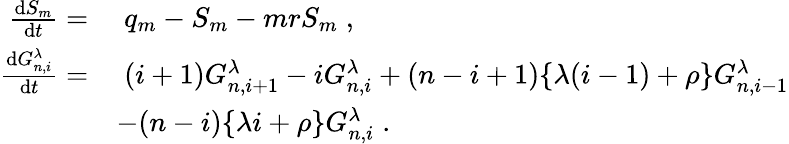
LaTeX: \begin{array}{rl}{\frac{\mathrm{d}S_{m}}{\mathrm{d}t}=}&{\; q_{m}-S_{m}-mrS_{m}\; ,}\\ {\frac{\mathrm{d}G_{n,i}^{\lambda}}{\mathrm{d}t}=}&{\; (i+1)G_{n,i+1}^{\lambda}-iG_{n,i}^{\lambda}+(n-i+1)\lbrace\lambda(i-1)+\rho\rbrace G_{n,i-1}^{\lambda}}\\ &{-(n-i)\lbrace\lambda i+\rho\rbrace G_{n,i}^{\lambda}\; .}\end{array}